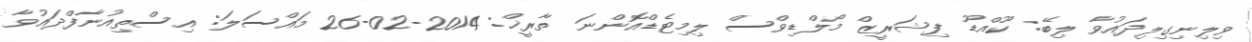
ވިލިނިގިލިދައުވާ ލިބޭ: ކޫއްޑޫ ފިޝަރީޒް މޯލްޑިވްސް ލިމިޓެޑްއޮންނަ ތާރީޚް: 2014-02-26 މައްސަލަ: އިސްތިއުނާފްދައުވާ